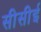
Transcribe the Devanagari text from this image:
सीसीई